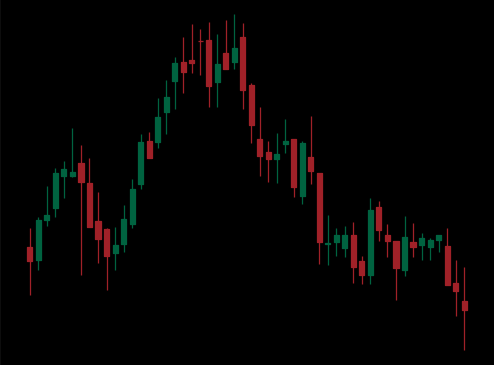
Pattern: head_shoulders